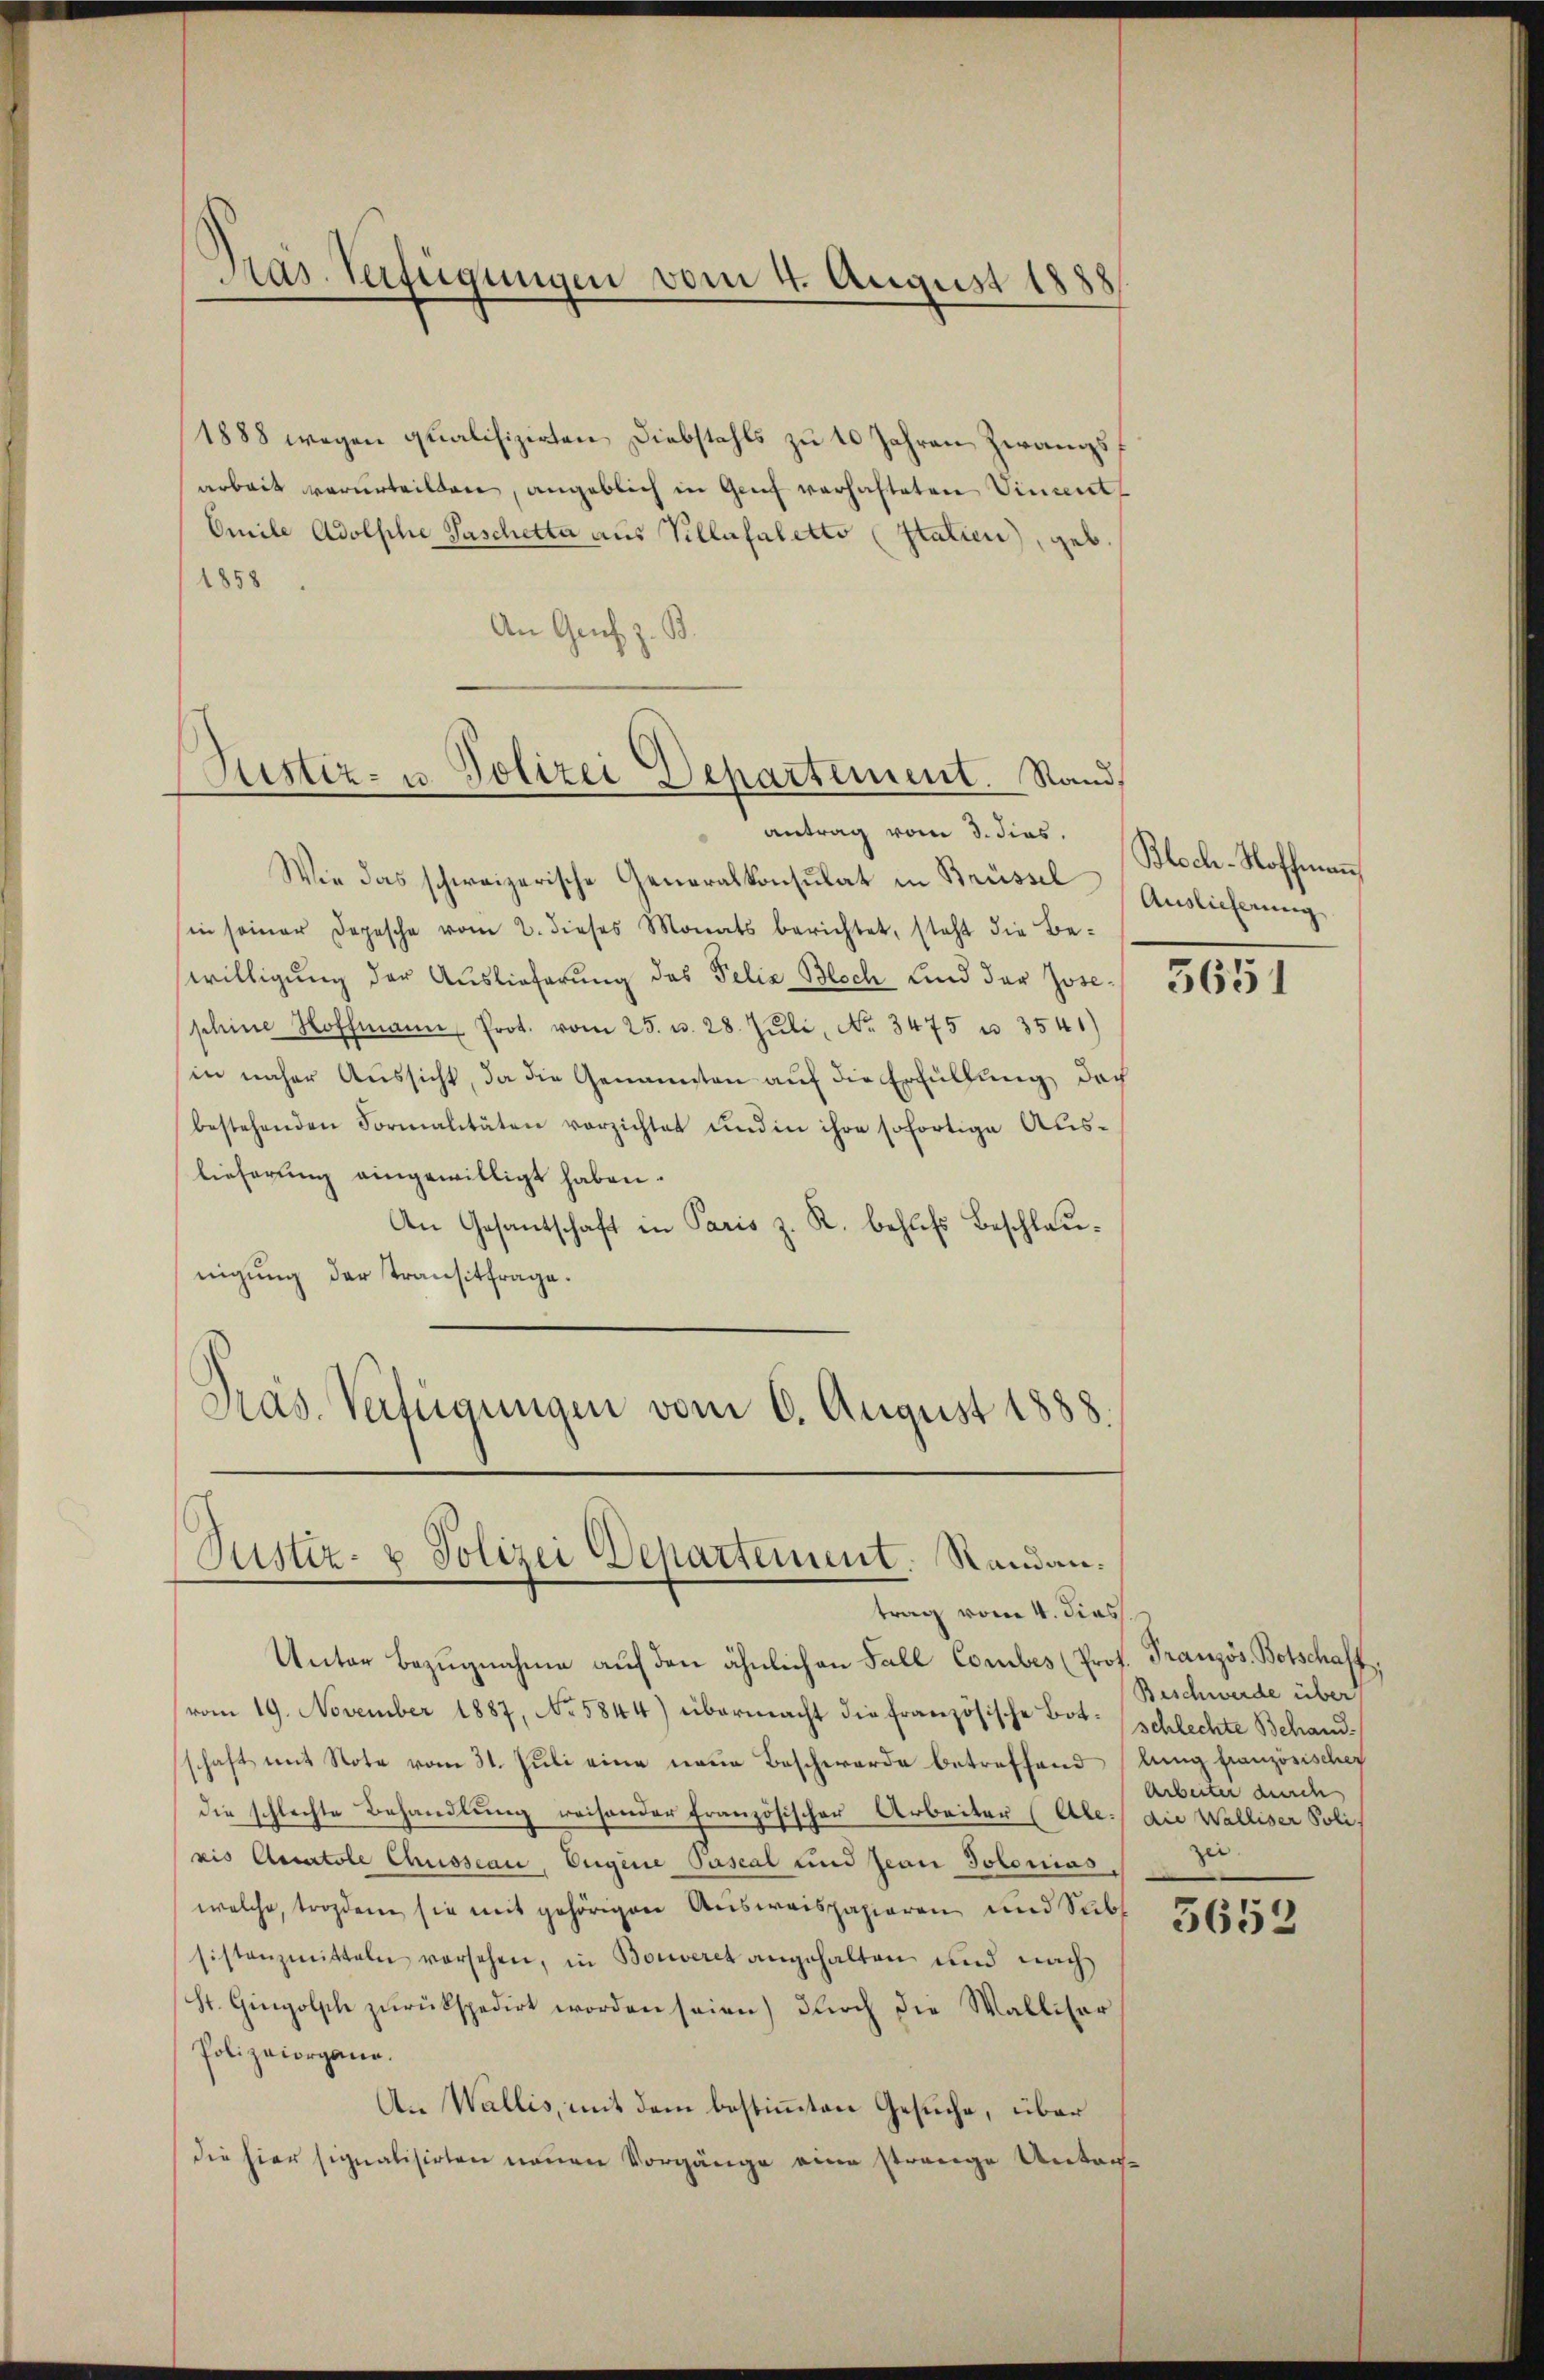
Pras. Verfügungen vom 4. August 1888

1888 wegen qualifizirten Diebstahls zu 10 Jahren Zwangsarbeit verurteilten, angeblich in Genf verhafteten Vincent
Omile Adolsche Paschetta aus Villafaletto (Statien), geb.
1858
An Genf z. B.

Rustiz- u Polizei Departement. Sand,

antrag vom 3. dies
Wie das schweizerische Generalkonsulat in Brüssel
sin seiner Depesche vom 2. dieses Monats berichtet, steht die Be-
willigung der Auslieferung des Felix Blech und der Joseschine Hoffmann Prot. vom 25. u. 28. Juli, No. 3475 u. 3541)
in näher Aussicht, da die Genannten auf die Erfüllung doch
bestehenden Formalitäten verzichtet und in ihre sofortige Auslieferung eingewilligt haben.
An Gesantschaft in Paris z. R. behufs Beschlaunigung der Transitfrage.
Pras. Verfügungen vom 6. August 1888.

Justiz- u Polizei Departement. Randau.
trag vom 4. dies

Unter Bezugnahme auf den ähnlichen Fall Combes (Prof. Französ. Botschaft
(vom 19. November 1887, No 5844) übermacht die französische Bot-Schlechte Behandschaft mit Note vom 31. Juli eine neue Beschwerde betreffend (lung französischer
die schlechte Behandlung reisender Französischer Arbeiter (Ale./ die Walliser Poli
xis Curatole Chusseau, Eugene Pascal und Jean Polonias
welche, trozdem sie mit gehörigen Ausweispapieren und Sub
sistanzmitteln vorsehen, in Bouveret angehalten und nach
St. Gingolsche zŭrückspedirt worden seien) durch die Walliser
Polizeiorgane.
A. Wallis, mit dem bestimmten Gesuche, über
die hier signalisirten neuen Vorgänge eine strenge Unter¬

Bloch-Hoffmann
Auslieferung

5651

Beschwerde über
Arbeiter durch

5653